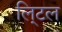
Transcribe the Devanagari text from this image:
लि्टल